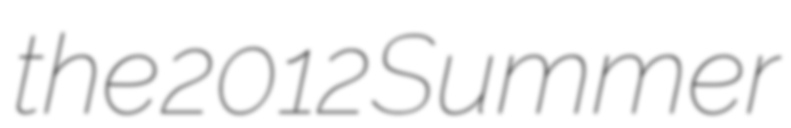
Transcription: the 2012 Summer